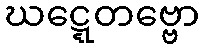
ဃဋ္ဋေတဗ္ဗော